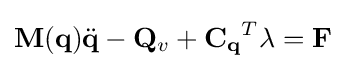
\mathbf {M(q)} {\ddot {\mathbf {q} }}-\mathbf {Q} _{v}+\mathbf {C_{q}} ^{T}\mathbf {\lambda } =\mathbf {F}